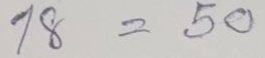
18 = 50